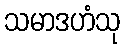
သမာဒဟံသု